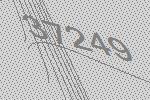
37249